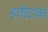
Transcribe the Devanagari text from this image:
हत्तीटाका